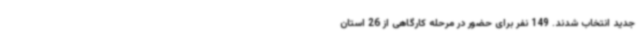
جدید انتخاب شدند. 149 نفر برای حضور در مرحله کارگاهی از 26 استان